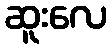
ဆူးလေ